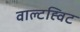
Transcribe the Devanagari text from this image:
वाल्टह्विट